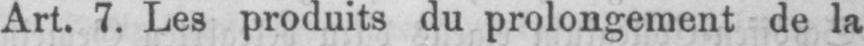
Art. 7. Les produits du prolongement de la